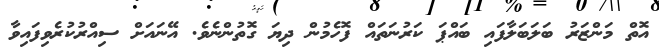
އޮތް މަންޒަރު ބަލަބަލާފައި ބައްޕަ ކަރުނަތައް ފޮހެމުން ދިޔަ ގޮތުންނެވެ. އޭނައަށް ސިއްރުކުރެވިފައިވާ